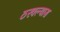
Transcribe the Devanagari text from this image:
ठरवल्यास